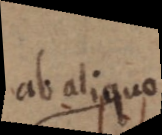
adlipeo